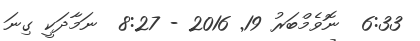
6:33  ނޮވެމްބަރު 19